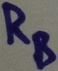
Text: RB